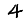
Digit: 4